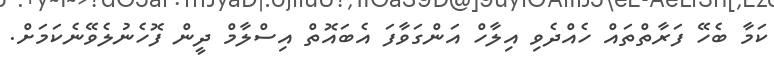
ކަމާ ބެހޭ ފަރާތްތައް ހެއްދެވި އިލާހް އަންގަވާފަ އެބައޮތް އިސްލާމް ދީން ފޮހެނުލެވޭނެކަމަށް.